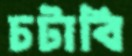
চটাবি